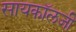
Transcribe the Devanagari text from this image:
सायकॉलजी